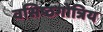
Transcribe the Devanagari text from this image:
वसिष्ठगोत्रिय